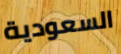
السعودية